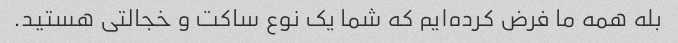
بله همه ما فرض کرده‌ایم که شما یک نوع ساکت و خجالتی هستید.